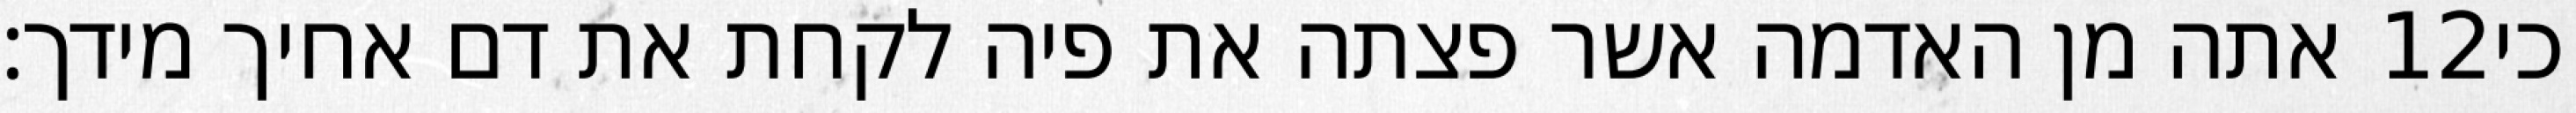
אתה מן האדמה אשר פצתה את פיה לקחת את דם אחיך מידך׃ ‎12‏ כי